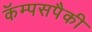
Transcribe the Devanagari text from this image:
कॅम्पसपैकी